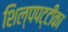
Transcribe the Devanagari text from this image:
शिल्पपट्टीका